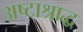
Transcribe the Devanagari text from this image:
अष्टाश्राद्ध